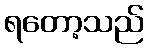
ရတော့သည်